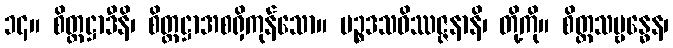
၁၄။ စိတ္တဋ္ဌာဒီနိ၊ စိတ္တဋ္ဌာအစရှိကုန်သော။ ပဉ္စဒသဝိဿဇ္ဇနာနိ၊ တို့ကို။ စိတ္တသမ္ဗန္ဓေန၊